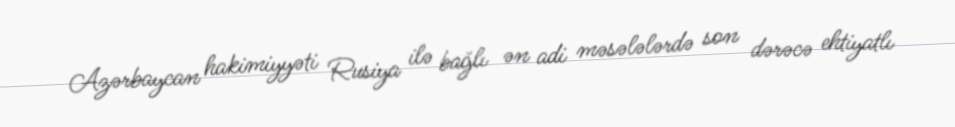
Azərbaycan hakimiyyəti Rusiya ilə bağlı ən adi məsələlərdə son dərəcə ehtiyatlı